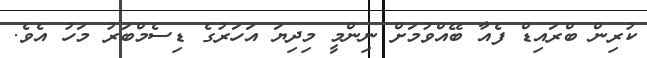
ކުރިން ބްރައިޑް ފެއާ ބޭއްވުމަށް ނިންމީ މިދިޔަ އަހަރުގެ ޑިސެމްބަރު މަހު އެވެ.